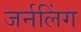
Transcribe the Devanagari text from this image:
जर्नलिंग